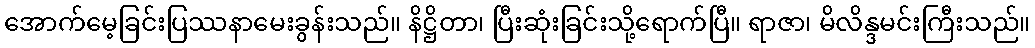
အောက်မေ့ခြင်းပြဿနာမေးခွန်းသည်။ နိဋ္ဌိတာ၊ ပြီးဆုံးခြင်းသို့ရောက်ပြီ။ ရာဇာ၊ မိလိန္ဒမင်းကြီးသည်။